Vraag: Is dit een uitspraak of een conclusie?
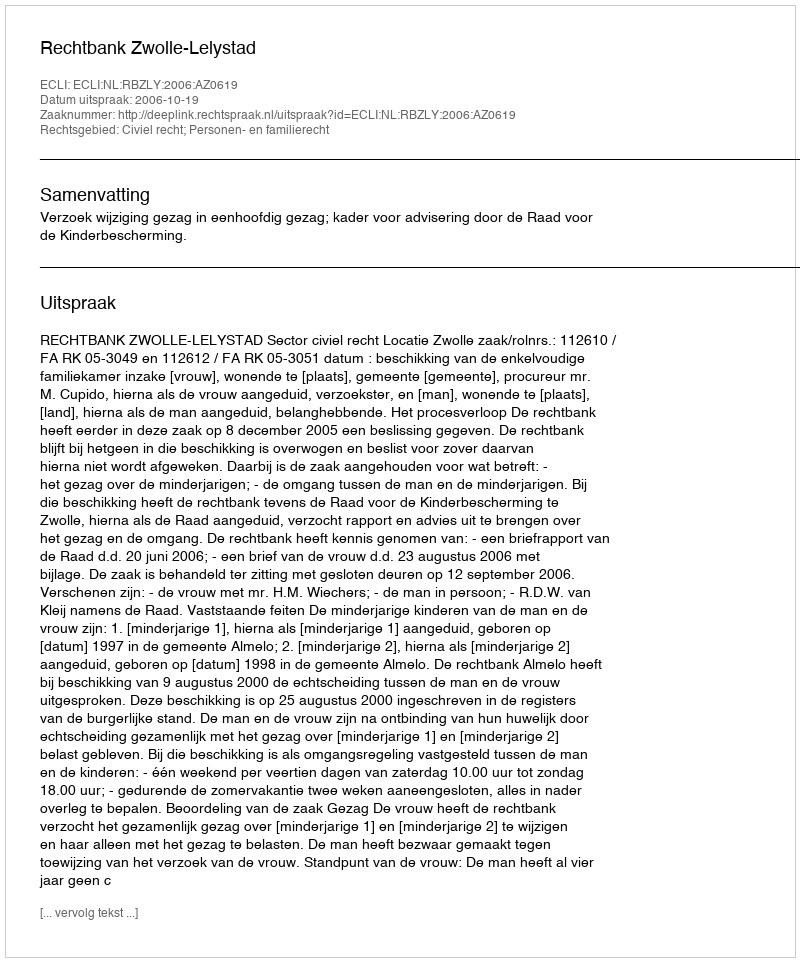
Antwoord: Uitspraak